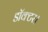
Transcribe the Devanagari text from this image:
डाॅक्टर।